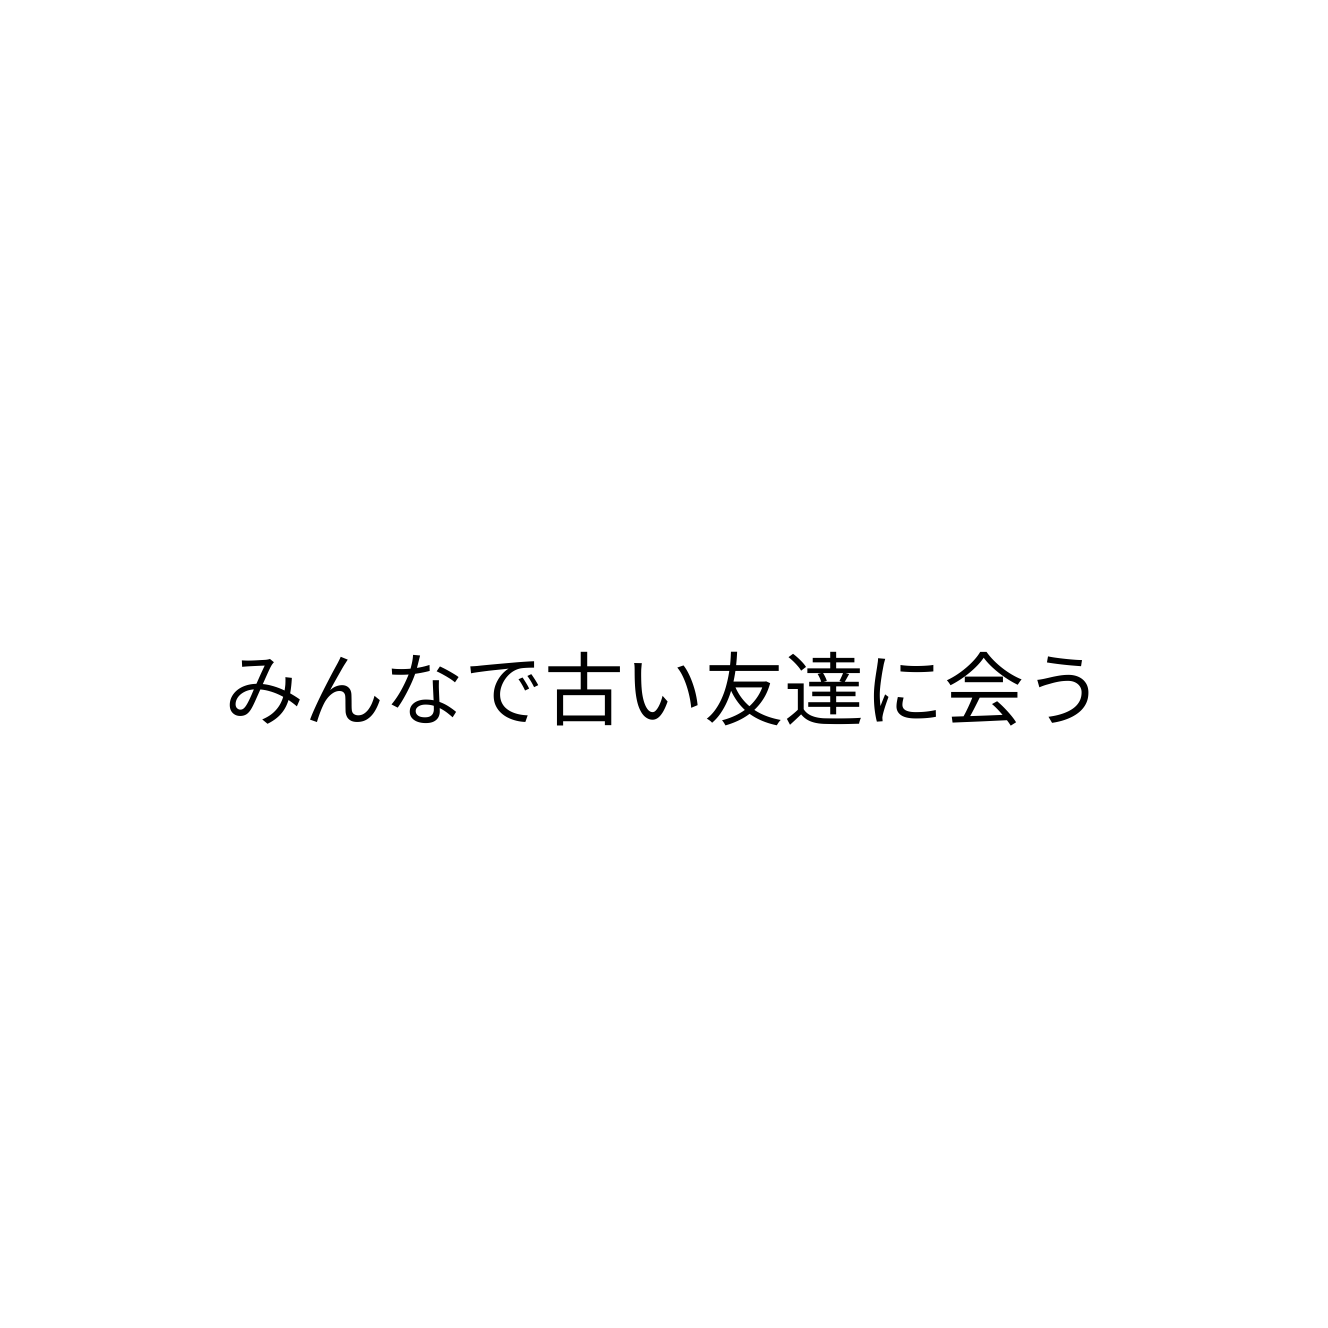
みんなで古い友達に会う